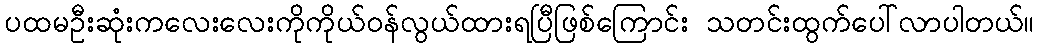
ပထမဦးဆုံးကလေးလေးကိုကိုယ်ဝန်လွယ်ထားရပြီဖြစ်ကြောင်း သတင်းထွက်ပေါ်လာပါတယ်။